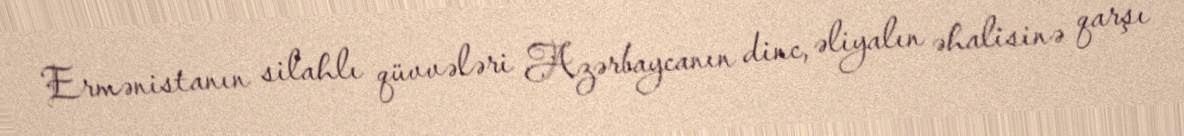
Ermənistanın silahlı qüvvələri Azərbaycanın dinc, əliyalın əhalisinə qarşı